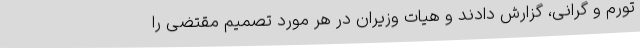
تورم و گرانی، گزارش دادند و هیات وزیران در هر مورد تصمیم مقتضی را